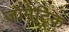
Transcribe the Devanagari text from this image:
जॉमेट्रिक